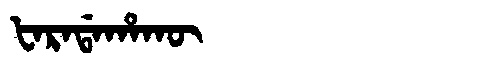
Manchu: ᡶᠠᡵᠠᡩᠠᡥᠠᡴᡡ
Romanization: FARADAHAKŪ